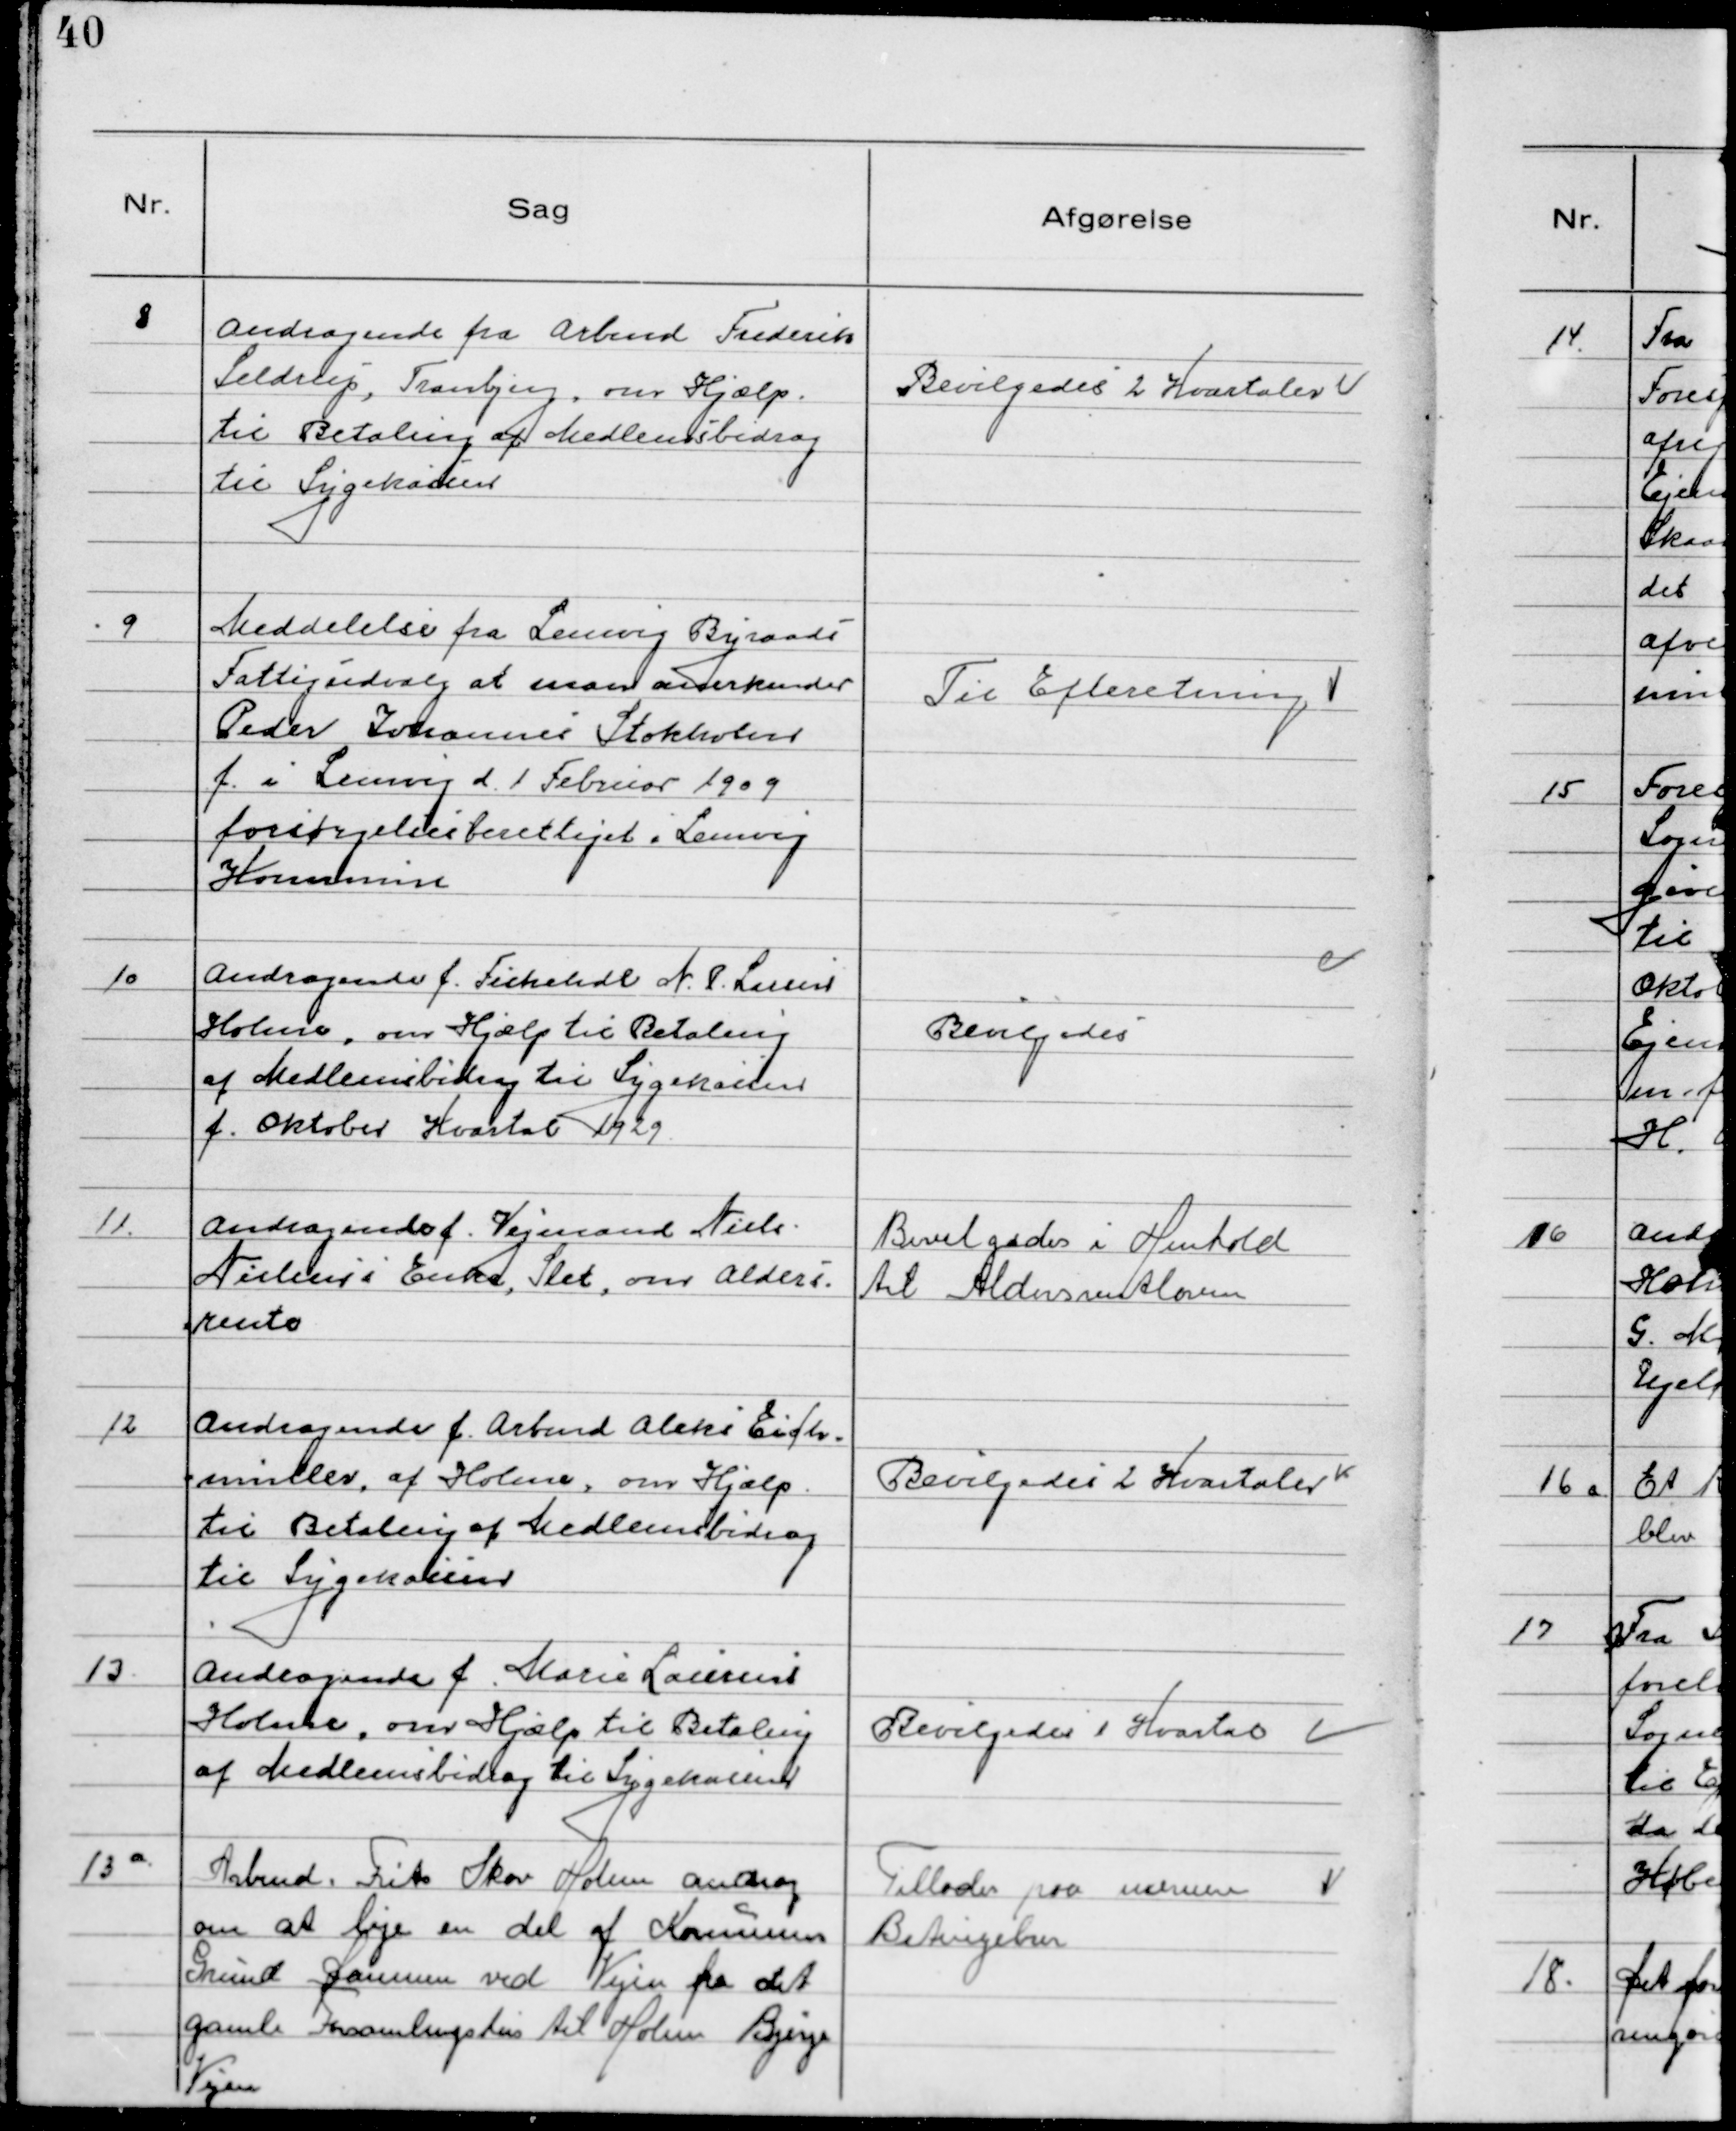
Transskription:
8 Andragende fra Arbmd Frederik
Seldrup, Tranbjerg, om Hjælp
til Betaling af Medlemsbidrag
til Sygekassen

Bevilgedes 2 Kvartaler

9 Meddelelse fra Lemvig Byraads
Fattigudvalg at man anerkender
Peder Johannes Stokholm
f. i Lemvig d. 1 Februar 1909
forsørgelsesberettiget i Lemvig
Kommune

Til Efteretning

10 Andragende f. Fiskehdl N. P. Larsen
Holme, om Hjælp til betaling
af Medlemsbidrag til Sygekassen
f. Oktober Kvartal 1929

Bevilgedes

11. Andragende f. Vejmand Niels
Nielsens Enke, Slet, om Alders
rente

Bevilgedes i Henhold
til Aldersrentloven

12 Andragende f. Arbmd Aleks Eifer-
muller, af Holme, om Hjælp
til Betaling af Medlemsbidrag
til Sygekassen

Bevilgedes 2 Kvartaler

13 Andragende f. Marie Laursen
Holme, om Hjælp til betaling
af Medlemsbidrag til Sygekassen

Bevilgedes 1 Kvartal

13 a Arbmd. Frits Skov Holme androg
om at leje en del Kommunens
Grund Dammen ved Vejen fra det
gamle Forsamlingshus til Holme Bjerge
Vejen

Tillodes paa nærmere
Betingelser